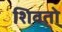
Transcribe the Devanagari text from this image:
शिवतो